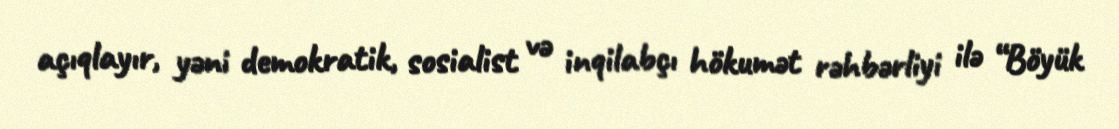
açıqlayır, yəni demokratik, sosialist və inqilabçı hökumət rəhbərliyi ilə “Böyük